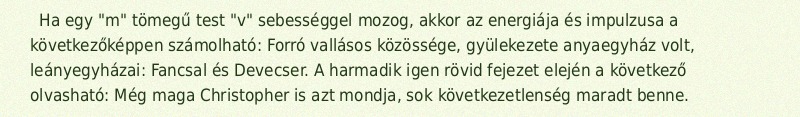
Ha egy "m" tömegű test "v" sebességgel mozog, akkor az energiája és impulzusa a következőképpen számolható: Forró vallásos közössége, gyülekezete anyaegyház volt, leányegyházai: Fancsal és Devecser. A harmadik igen rövid fejezet elején a következő olvasható: Még maga Christopher is azt mondja, sok következetlenség maradt benne.